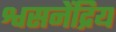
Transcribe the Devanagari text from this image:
श्वसनेंद्रिय